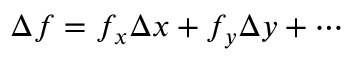
\Delta f = f _ { x } \Delta x + f _ { y } \Delta y + \cdots